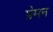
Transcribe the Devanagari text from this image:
प्रेमन